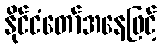
နိုင်ငံတော်အနေဖြင့်